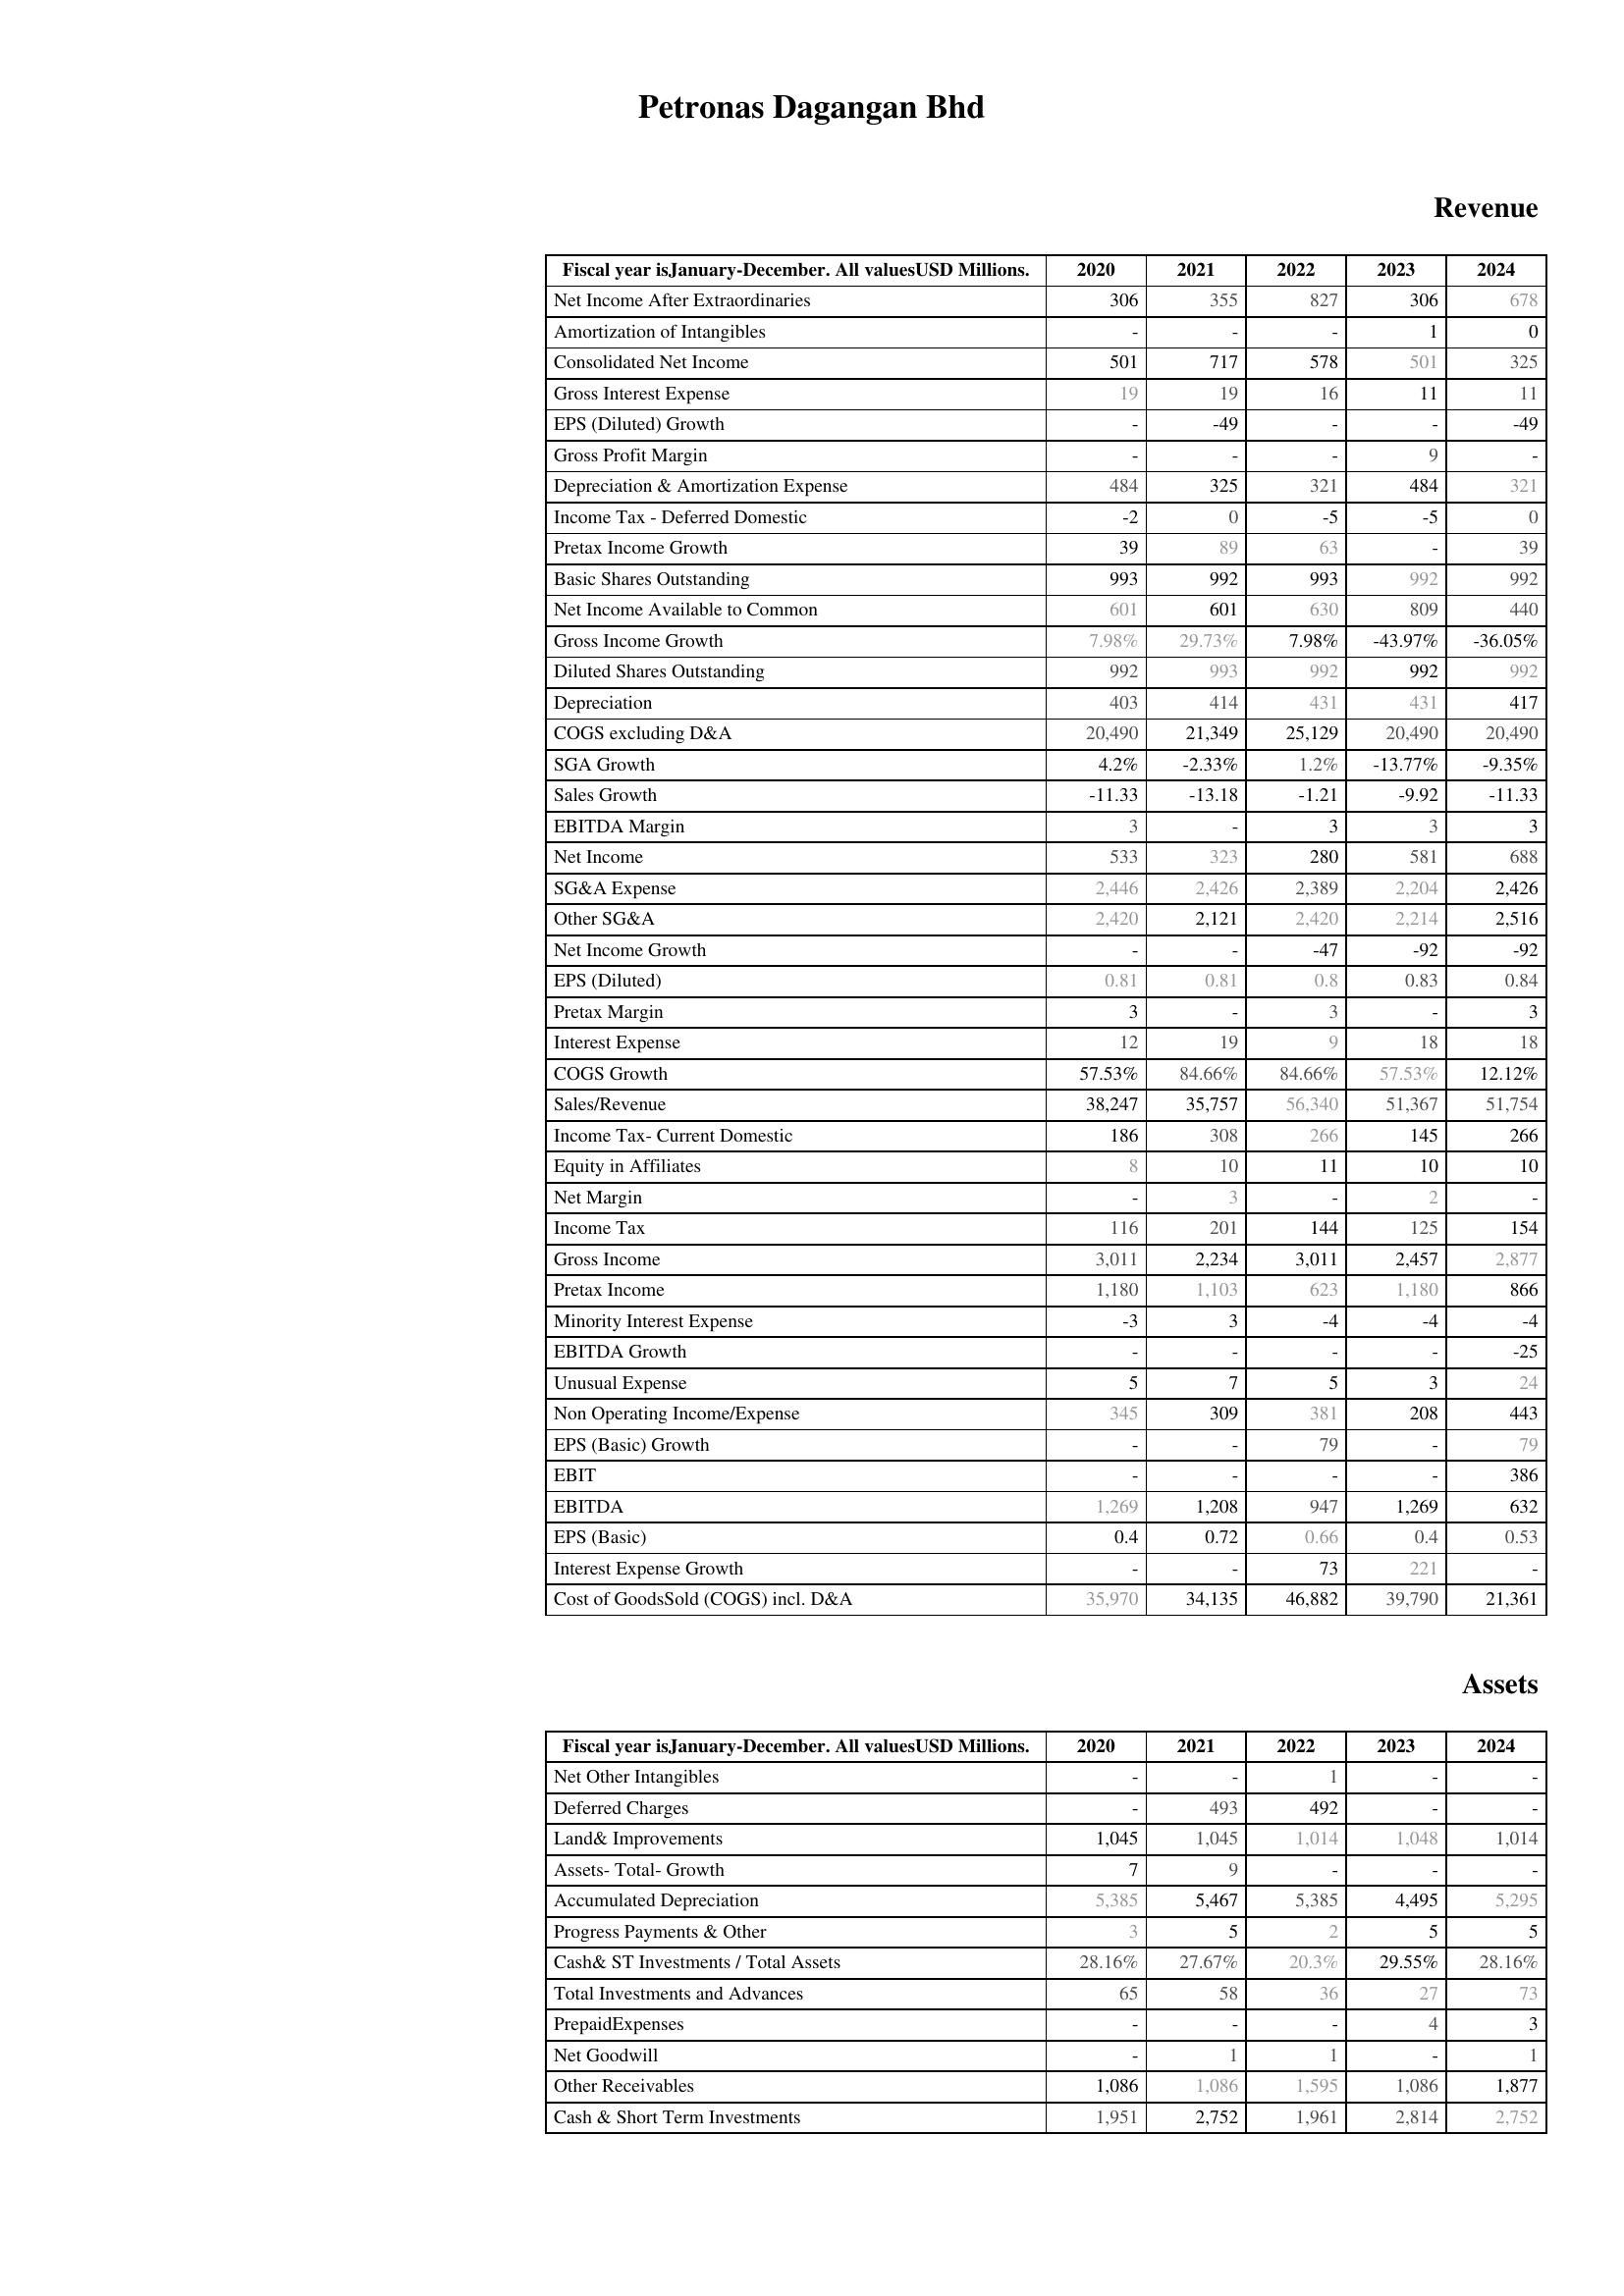
2020: Revenue: Net Income After Extraordinaries: 306
Amortization of Intangibles: -
Consolidated Net Income: 501
Gross Interest Expense: 19
EPS (Diluted) Growth: -
Gross Profit Margin: -
Depreciation & Amortization Expense: 484
Income Tax - Deferred Domestic: -2
Pretax Income Growth: 39
Basic Shares Outstanding: 993
Net Income Available to Common: 601
Gross Income Growth: 7.98%
Diluted Shares Outstanding: 992
Depreciation: 403
COGS excluding D&A: 20,490
SGA Growth: 4.2%
Sales Growth: -11.33
EBITDA Margin: 3
Net Income: 533
SG&A Expense: 2,446
Other SG&A: 2,420
Net Income Growth: -
EPS (Diluted): 0.81
Pretax Margin: 3
Interest Expense: 12
COGS Growth: 57.53%
Sales/Revenue: 38,247
Income Tax- Current Domestic: 186
Equity in Affiliates: 8
Net Margin: -
Income Tax: 116
Gross Income: 3,011
Pretax Income: 1,180
Minority Interest Expense: -3
EBITDA Growth: -
Unusual Expense: 5
Non Operating Income/Expense: 345
EPS (Basic) Growth: -
EBIT: -
EBITDA: 1,269
EPS (Basic): 0.4
Interest Expense Growth: -
Cost of GoodsSold (COGS) incl. D&A: 35,970
Assets: Net Other Intangibles: -
Deferred Charges: -
Land& Improvements: 1,045
Assets- Total- Growth: 7
Accumulated Depreciation: 5,385
Progress Payments & Other: 3
Cash& ST Investments / Total Assets: 28.16%
Total Investments and Advances: 65
PrepaidExpenses: -
Net Goodwill: -
Other Receivables: 1,086
Cash & Short Term Investments: 1,951
2021: Revenue: Net Income After Extraordinaries: 355
Amortization of Intangibles: -
Consolidated Net Income: 717
Gross Interest Expense: 19
EPS (Diluted) Growth: -49
Gross Profit Margin: -
Depreciation & Amortization Expense: 325
Income Tax - Deferred Domestic: 0
Pretax Income Growth: 89
Basic Shares Outstanding: 992
Net Income Available to Common: 601
Gross Income Growth: 29.73%
Diluted Shares Outstanding: 993
Depreciation: 414
COGS excluding D&A: 21,349
SGA Growth: -2.33%
Sales Growth: -13.18
EBITDA Margin: -
Net Income: 323
SG&A Expense: 2,426
Other SG&A: 2,121
Net Income Growth: -
EPS (Diluted): 0.81
Pretax Margin: -
Interest Expense: 19
COGS Growth: 84.66%
Sales/Revenue: 35,757
Income Tax- Current Domestic: 308
Equity in Affiliates: 10
Net Margin: 3
Income Tax: 201
Gross Income: 2,234
Pretax Income: 1,103
Minority Interest Expense: 3
EBITDA Growth: -
Unusual Expense: 7
Non Operating Income/Expense: 309
EPS (Basic) Growth: -
EBIT: -
EBITDA: 1,208
EPS (Basic): 0.72
Interest Expense Growth: -
Cost of GoodsSold (COGS) incl. D&A: 34,135
Assets: Net Other Intangibles: -
Deferred Charges: 493
Land& Improvements: 1,045
Assets- Total- Growth: 9
Accumulated Depreciation: 5,467
Progress Payments & Other: 5
Cash& ST Investments / Total Assets: 27.67%
Total Investments and Advances: 58
PrepaidExpenses: -
Net Goodwill: 1
Other Receivables: 1,086
Cash & Short Term Investments: 2,752
2022: Revenue: Net Income After Extraordinaries: 827
Amortization of Intangibles: -
Consolidated Net Income: 578
Gross Interest Expense: 16
EPS (Diluted) Growth: -
Gross Profit Margin: -
Depreciation & Amortization Expense: 321
Income Tax - Deferred Domestic: -5
Pretax Income Growth: 63
Basic Shares Outstanding: 993
Net Income Available to Common: 630
Gross Income Growth: 7.98%
Diluted Shares Outstanding: 992
Depreciation: 431
COGS excluding D&A: 25,129
SGA Growth: 1.2%
Sales Growth: -1.21
EBITDA Margin: 3
Net Income: 280
SG&A Expense: 2,389
Other SG&A: 2,420
Net Income Growth: -47
EPS (Diluted): 0.8
Pretax Margin: 3
Interest Expense: 9
COGS Growth: 84.66%
Sales/Revenue: 56,340
Income Tax- Current Domestic: 266
Equity in Affiliates: 11
Net Margin: -
Income Tax: 144
Gross Income: 3,011
Pretax Income: 623
Minority Interest Expense: -4
EBITDA Growth: -
Unusual Expense: 5
Non Operating Income/Expense: 381
EPS (Basic) Growth: 79
EBIT: -
EBITDA: 947
EPS (Basic): 0.66
Interest Expense Growth: 73
Cost of GoodsSold (COGS) incl. D&A: 46,882
Assets: Net Other Intangibles: 1
Deferred Charges: 492
Land& Improvements: 1,014
Assets- Total- Growth: -
Accumulated Depreciation: 5,385
Progress Payments & Other: 2
Cash& ST Investments / Total Assets: 20.3%
Total Investments and Advances: 36
PrepaidExpenses: -
Net Goodwill: 1
Other Receivables: 1,595
Cash & Short Term Investments: 1,961
2023: Revenue: Net Income After Extraordinaries: 306
Amortization of Intangibles: 1
Consolidated Net Income: 501
Gross Interest Expense: 11
EPS (Diluted) Growth: -
Gross Profit Margin: 9
Depreciation & Amortization Expense: 484
Income Tax - Deferred Domestic: -5
Pretax Income Growth: -
Basic Shares Outstanding: 992
Net Income Available to Common: 809
Gross Income Growth: -43.97%
Diluted Shares Outstanding: 992
Depreciation: 431
COGS excluding D&A: 20,490
SGA Growth: -13.77%
Sales Growth: -9.92
EBITDA Margin: 3
Net Income: 581
SG&A Expense: 2,204
Other SG&A: 2,214
Net Income Growth: -92
EPS (Diluted): 0.83
Pretax Margin: -
Interest Expense: 18
COGS Growth: 57.53%
Sales/Revenue: 51,367
Income Tax- Current Domestic: 145
Equity in Affiliates: 10
Net Margin: 2
Income Tax: 125
Gross Income: 2,457
Pretax Income: 1,180
Minority Interest Expense: -4
EBITDA Growth: -
Unusual Expense: 3
Non Operating Income/Expense: 208
EPS (Basic) Growth: -
EBIT: -
EBITDA: 1,269
EPS (Basic): 0.4
Interest Expense Growth: 221
Cost of GoodsSold (COGS) incl. D&A: 39,790
Assets: Net Other Intangibles: -
Deferred Charges: -
Land& Improvements: 1,048
Assets- Total- Growth: -
Accumulated Depreciation: 4,495
Progress Payments & Other: 5
Cash& ST Investments / Total Assets: 29.55%
Total Investments and Advances: 27
PrepaidExpenses: 4
Net Goodwill: -
Other Receivables: 1,086
Cash & Short Term Investments: 2,814
2024: Revenue: Net Income After Extraordinaries: 678
Amortization of Intangibles: 0
Consolidated Net Income: 325
Gross Interest Expense: 11
EPS (Diluted) Growth: -49
Gross Profit Margin: -
Depreciation & Amortization Expense: 321
Income Tax - Deferred Domestic: 0
Pretax Income Growth: 39
Basic Shares Outstanding: 992
Net Income Available to Common: 440
Gross Income Growth: -36.05%
Diluted Shares Outstanding: 992
Depreciation: 417
COGS excluding D&A: 20,490
SGA Growth: -9.35%
Sales Growth: -11.33
EBITDA Margin: 3
Net Income: 688
SG&A Expense: 2,426
Other SG&A: 2,516
Net Income Growth: -92
EPS (Diluted): 0.84
Pretax Margin: 3
Interest Expense: 18
COGS Growth: 12.12%
Sales/Revenue: 51,754
Income Tax- Current Domestic: 266
Equity in Affiliates: 10
Net Margin: -
Income Tax: 154
Gross Income: 2,877
Pretax Income: 866
Minority Interest Expense: -4
EBITDA Growth: -25
Unusual Expense: 24
Non Operating Income/Expense: 443
EPS (Basic) Growth: 79
EBIT: 386
EBITDA: 632
EPS (Basic): 0.53
Interest Expense Growth: -
Cost of GoodsSold (COGS) incl. D&A: 21,361
Assets: Net Other Intangibles: -
Deferred Charges: -
Land& Improvements: 1,014
Assets- Total- Growth: -
Accumulated Depreciation: 5,295
Progress Payments & Other: 5
Cash& ST Investments / Total Assets: 28.16%
Total Investments and Advances: 73
PrepaidExpenses: 3
Net Goodwill: 1
Other Receivables: 1,877
Cash & Short Term Investments: 2,752